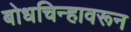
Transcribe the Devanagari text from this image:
बोधचिन्हावरून